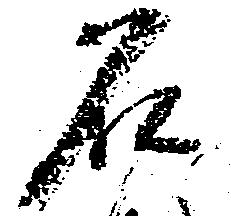
石